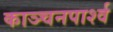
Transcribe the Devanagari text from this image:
काञ्चनपार्श्व